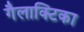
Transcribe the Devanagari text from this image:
गैलाक्टिका